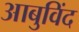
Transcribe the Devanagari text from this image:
आबुविंद